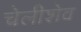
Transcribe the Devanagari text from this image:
चेलीशेव